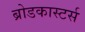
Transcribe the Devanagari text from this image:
ब्रोडकास्टर्स